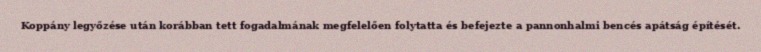
Koppány legyőzése után korábban tett fogadalmának megfelelően folytatta és befejezte a pannonhalmi bencés apátság építését.